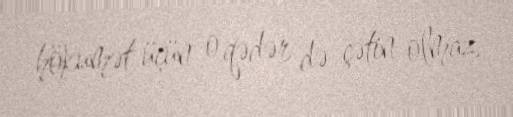
hökumət üçün o qədər də çətin olmaz.